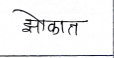
मजकूर: झोकात